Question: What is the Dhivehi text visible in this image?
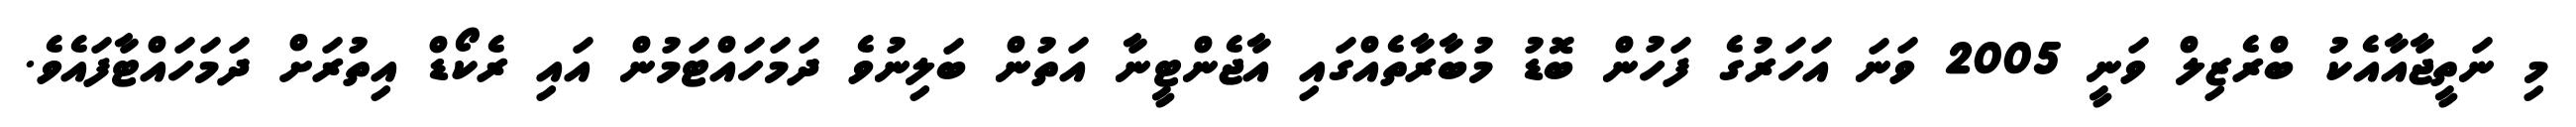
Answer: މި ނަތީޖާއާއެކު ބްރެޒިލް ވަނީ 2005 ވަނަ އަހަރުގެ ފަހުން ބޮޑު މުބާރާތެއްގައި އާޖެންޓީނާ އަތުން ބަލިނުވެ ދަމަހައްޓަމުން އައި ރެކޯޑް އިތުރަށް ދަމަހައްޓާފައެވެ.